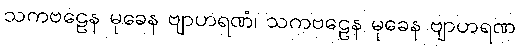
သကဗဠေန မုခေန ဗျာဟရဏံ၊ သကဗဠေန မုခေန ဗျာဟရဏ